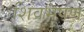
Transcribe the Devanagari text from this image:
शिवभूषण